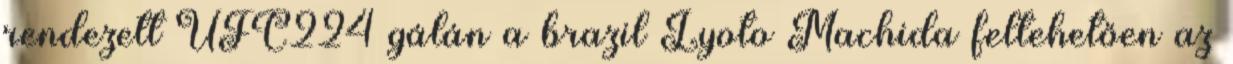
rendezett UFC224 gálán a brazil Lyoto Machida feltehetően az